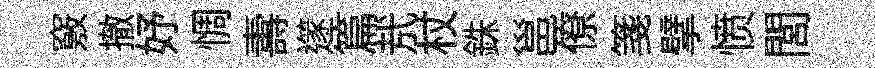
竅撤妤惆夀𨗹篇㢤杖銖邕僚箋擘愤閭